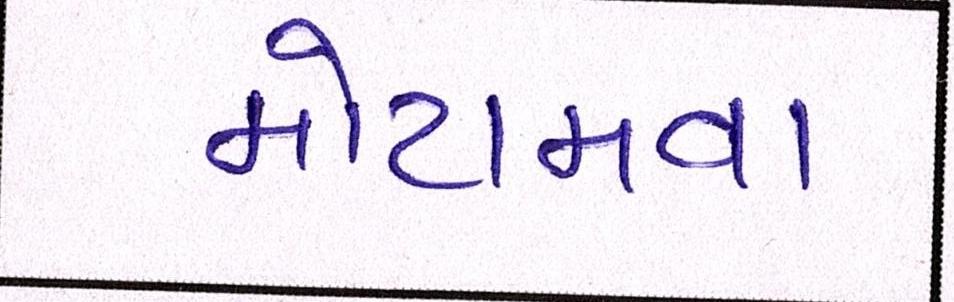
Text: મોટામવા